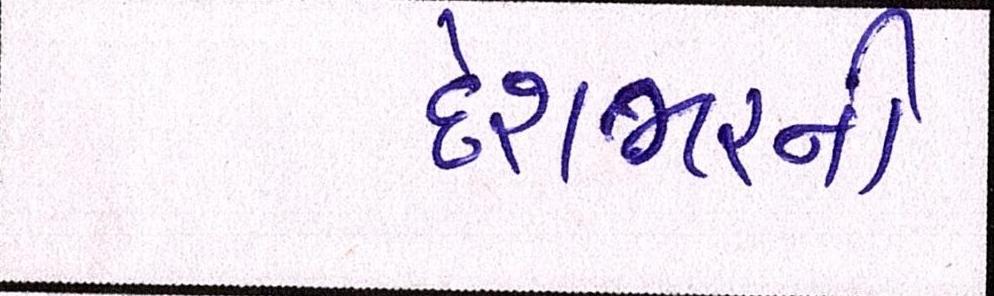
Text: દેશભરની